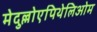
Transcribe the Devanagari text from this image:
मेदुल्लोएपिथेलिओम